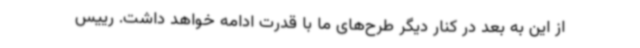
از این به بعد در کنار دیگر طرح‌های ما با قدرت ادامه خواهد داشت. رییس